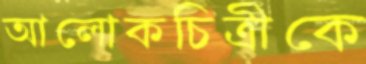
আলোকচিত্রীকে